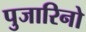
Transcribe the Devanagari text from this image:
पुजारिनो